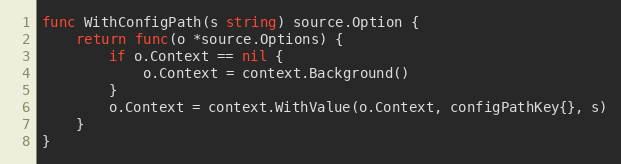
Language: Go
func WithConfigPath(s string) source.Option {
	return func(o *source.Options) {
		if o.Context == nil {
			o.Context = context.Background()
		}
		o.Context = context.WithValue(o.Context, configPathKey{}, s)
	}
}